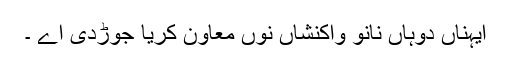
ایہناں دوہاں نانوَ واکنشاں نوں معاون کریا جوڑدی اے ۔